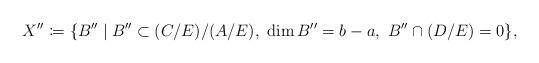
LaTeX: \begin{align*}X''\coloneqq \{B'' \mid B''\subset (C/E)/(A/E),\ \dim B'' = b-a,\ B''\cap (D/E) = 0\},\end{align*}